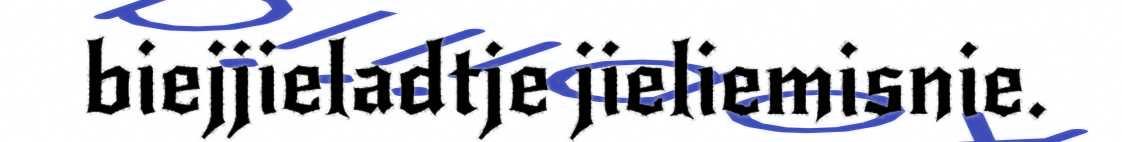
biejjieladtje jieliemisnie.